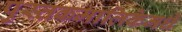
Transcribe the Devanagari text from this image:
पुस्तकमालिकेमधे